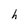
Character: h